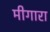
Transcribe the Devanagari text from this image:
मीगारा